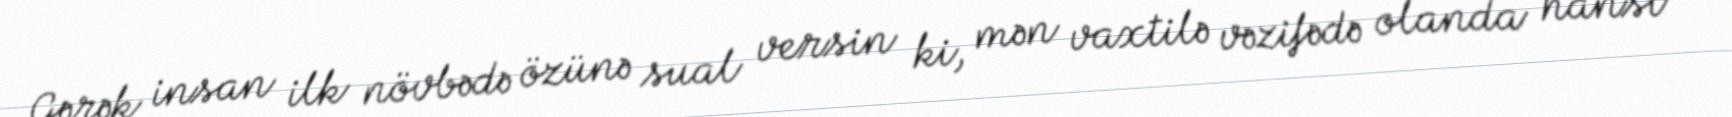
Gərək insan ilk növbədə özünə sual versin ki, mən vaxtilə vəzifədə olanda hansı